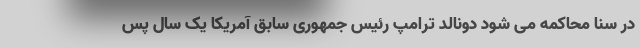
در سنا محاکمه می شود دونالد ترامپ رئیس جمهوری سابق آمریکا یک سال پس